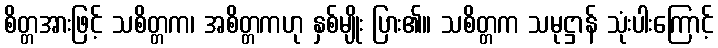
စိတ္တအားဖြင့် သစိတ္တက၊ အစိတ္တကဟု နှစ်မျိုး ပြား၏။ သစိတ္တက သမုဋ္ဌာန် သုံးပါးကြောင့်